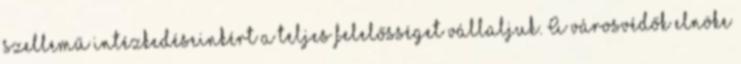
szellemű intézkedéseinkért a teljes felelősséget vállaljuk. A városvédők elnöke